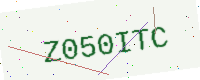
Text: Z050ITC